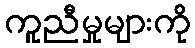
ကူညီမှုများကို